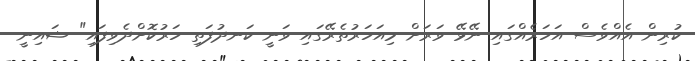
ކުރިން އެއްވެސް އަހަރެއްގައި ނޭޅޭ ވަރަށް މިއަހަރުތެރޭގައި ވަނީ ކަނދުފަތި ހަރުކޮށްދެވިފައި" ޝައިނީ